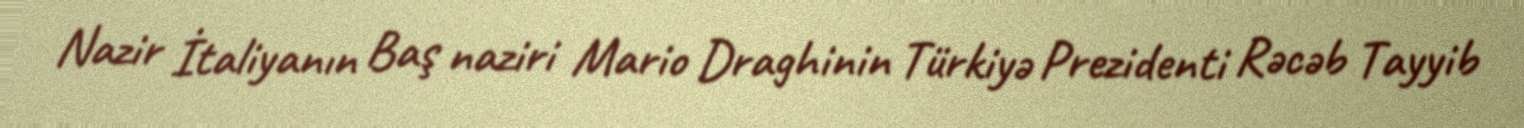
Nazir İtaliyanın Baş naziri Mario Draghinin Türkiyə Prezidenti Rəcəb Tayyib